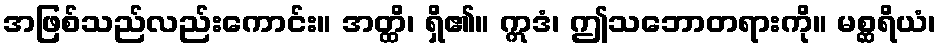
အဖြစ်သည်လည်းကောင်း။ အတ္ထိ၊ ရှိ၏။ ဣဒံ၊ ဤသဘောတရားကို။ မစ္ဆရိယံ၊